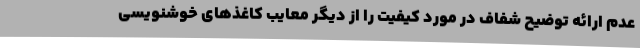
عدم ارائه توضیح شفاف در مورد کیفیت را از دیگر معایب کاغذهای خوشنویسی